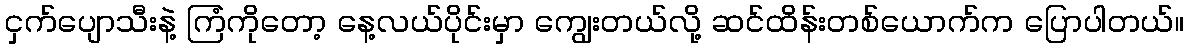
ငှက်ပျောသီးနဲ့ ကြံကိုတော့ နေ့လယ်ပိုင်းမှာ ကျွေးတယ်လို့ ဆင်ထိန်းတစ်ယောက်က ပြောပါတယ်။